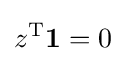
z^{\text{T}}\mathbf {1} =0